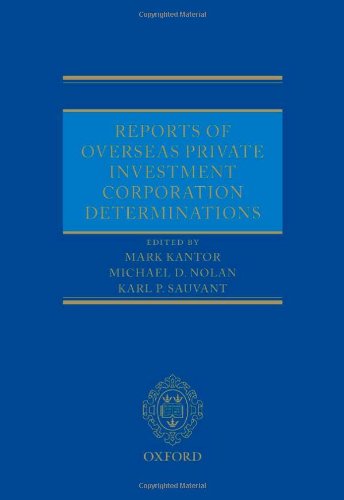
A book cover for Reports of Overseas Private Investment Corporation Determinations; Mark Kantor; Law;